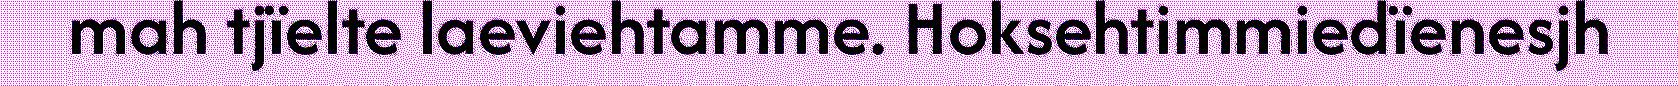
mah tjïelte laeviehtamme. Hoksehtimmiedïenesjh